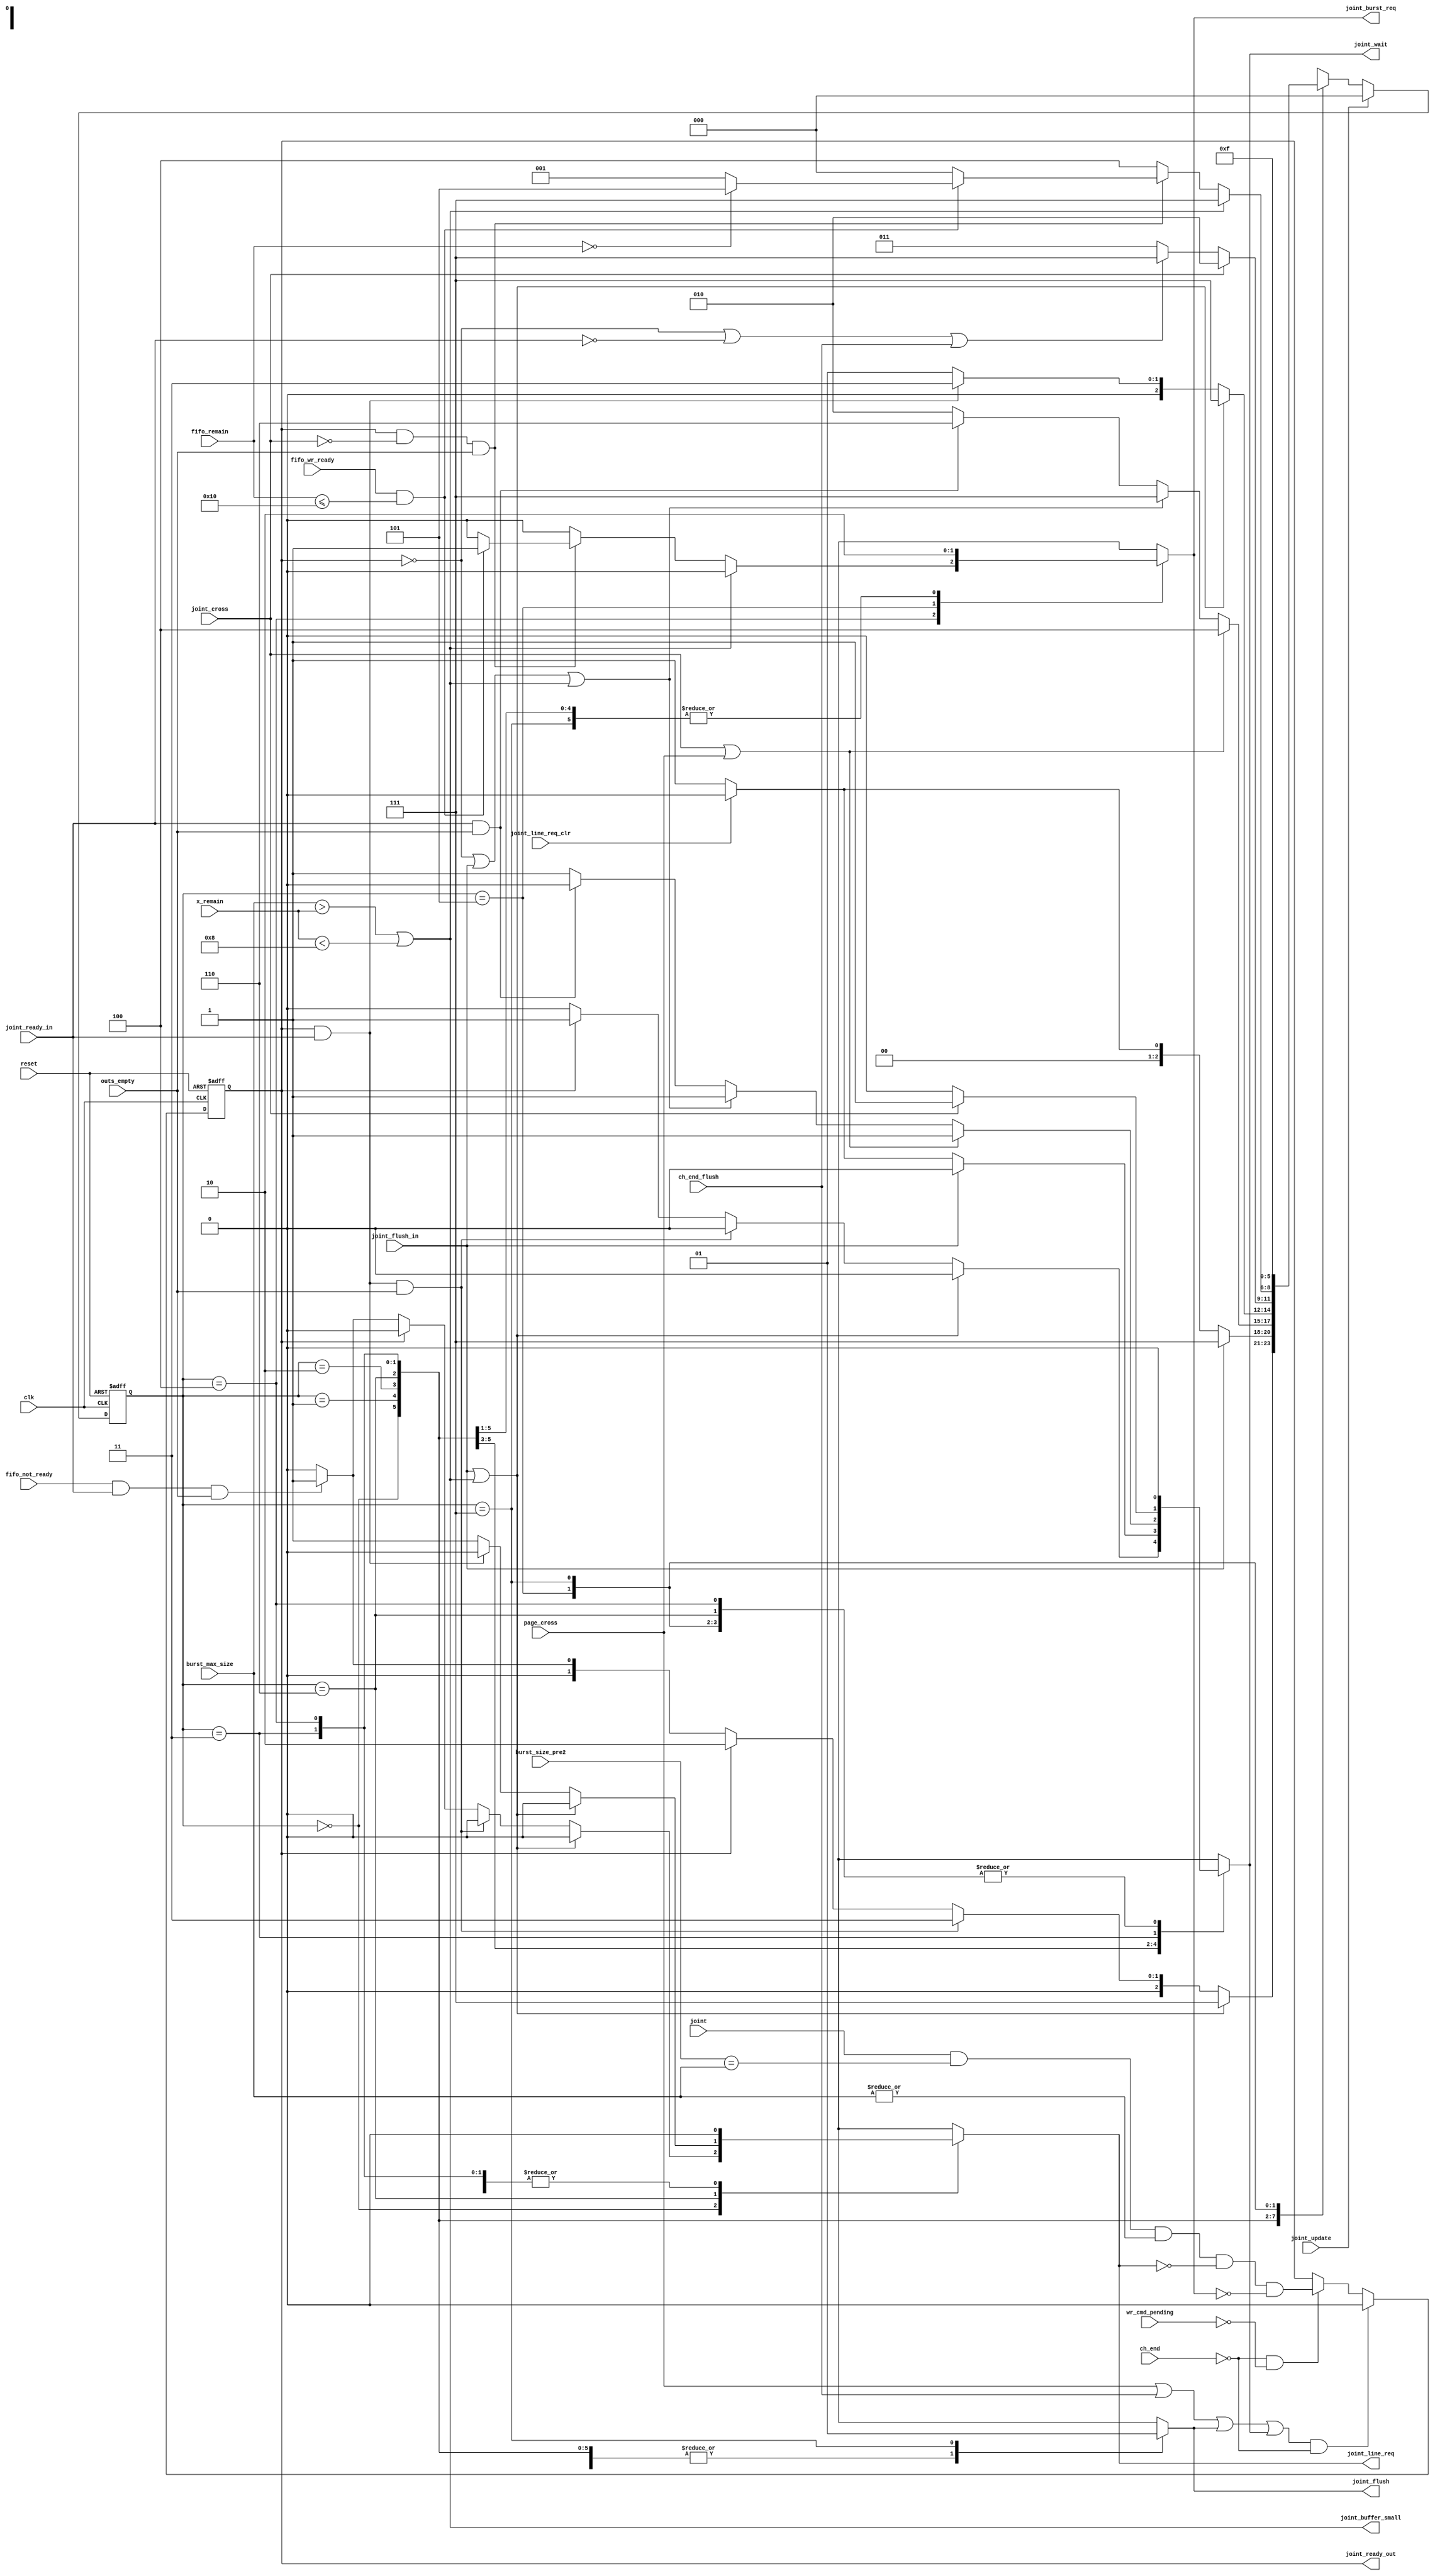
/////////////////////////////////////////////////////////////////////
////                                                             ////
////          eyal@provartec.com                                 ////
////                                                             ////
////  Downloaded from: http://www.opencores.org                  ////
/////////////////////////////////////////////////////////////////////
////                                                             ////
//// Copyright (C) 2010 Provartec LTD                            ////
//// www.provartec.com                                           ////
//// info@provartec.com                                          ////
////                                                             ////
//// This source file may be used and distributed without        ////
//// restriction provided that this copyright statement is not   ////
//// removed from the file and that any derivative work contains ////
//// the original copyright notice and the associated disclaimer.////
////                                                             ////
//// This source file is free software; you can redistribute it  ////
//// and/or modify it under the terms of the GNU Lesser General  ////
//// Public License as published by the Free Software Foundation.////
////                                                             ////
//// This source is distributed in the hope that it will be      ////
//// useful, but WITHOUT ANY WARRANTY; without even the implied  ////
//// warranty of MERCHANTABILITY or FITNESS FOR A PARTICULAR     ////
//// PURPOSE.  See the GNU Lesser General Public License for more////
//// details. http://www.gnu.org/licenses/lgpl.html              ////
////                                                             ////
/////////////////////////////////////////////////////////////////////
//---------------------------------------------------------
//-- File generated by RobustVerilog parser
//-- Version: 1.0
//-- Invoked Fri Mar 25 23:36:57 2011
//--
//-- Source file: dma_ch_calc_joint.v
//---------------------------------------------------------



module dma_axi64_core0_ch_calc_joint(clk,reset,joint_update,ch_end,ch_end_flush,joint_line_req_clr,wr_cmd_pending,burst_size_pre2,burst_max_size,fifo_not_ready,outs_empty,x_remain,fifo_wr_ready,fifo_remain,joint,page_cross,joint_cross,joint_ready_in,joint_ready_out,joint_line_req,joint_burst_req,joint_wait,joint_flush,joint_flush_in,joint_buffer_small);


   parameter               READ          = 0;
   parameter            WRITE         = !READ;
   
   input                   clk;
   input            reset;

   input            joint_update;
   input            ch_end;
   input            ch_end_flush;

   input            joint_line_req_clr;
   input            wr_cmd_pending;
   input [8-1:0]  burst_size_pre2;
   input [8-1:0]  burst_max_size;
   input            fifo_not_ready;
   input            outs_empty;
   input [10-1:0]   x_remain;
   input            fifo_wr_ready;
   input [5:0]        fifo_remain;
   
   input            joint;
   input            page_cross;
   input            joint_cross;
   input            joint_ready_in;
   output            joint_ready_out;
   output            joint_line_req;
   output            joint_burst_req;
   output            joint_wait;
   output            joint_flush;
   input            joint_flush_in;
   output            joint_buffer_small;
   
   
   

   parameter            IDLE        = 3'd0;
   parameter            REQ_LINE    = 3'd1;
   parameter            READY_OUT   = 3'd2;
   parameter            READY       = 3'd3;
   parameter            CROSS       = 3'd4;
   parameter            BURST_REQ   = 3'd5;
   parameter            RECHK       = 3'd6;
   parameter            FLUSH       = 3'd7;


   
   reg [2:0]            ps;
   reg [2:0]            ns;

   wire            joint_ready_out_pre;
   reg                joint_ready_out;
   reg                joint_line_req;
   reg                joint_burst_req;
   reg                joint_flush;
   reg                joint_wait;
   wire            joint_buffer_small;
   
   
   
   
   assign            joint_ready_out_pre = joint & (burst_size_pre2 == burst_max_size) & (|burst_max_size) & 
                                                 (~joint_line_req) & (~joint_burst_req);

   assign            joint_buffer_small = (burst_max_size > x_remain) | (x_remain < 'd8);
   
   
   always @(posedge clk or posedge reset)
     if (reset)
       joint_ready_out <= #1 1'b0;
     else if ((page_cross | ch_end_flush | joint_flush | joint_wait) & (~ch_end))
       joint_ready_out <= #1 1'b0;
     else if ((~ch_end) & (~wr_cmd_pending))
       joint_ready_out <= #1 joint_ready_out_pre;
   
   
   always @(/*AUTOSENSE*/ch_end_flush or fifo_not_ready or fifo_remain
        or fifo_wr_ready or joint_buffer_small or joint_cross
        or joint_flush_in or joint_line_req_clr or joint_ready_in
        or joint_ready_out or outs_empty or page_cross or ps)
     begin
    ns              = IDLE;
    joint_line_req  = 1'b0;
    joint_burst_req = 1'b0;
    joint_flush     = 1'b0;
    joint_wait      = 1'b0;
    
    case (ps)
      
      IDLE :
        begin
           if (joint_flush_in | joint_buffer_small)
         ns = FLUSH;
           else if (joint_ready_out & joint_ready_in & outs_empty)
         ns = READY;
           else if (joint_ready_out)
         begin
            joint_wait = 1'b1;
            ns = READY_OUT;
         end
           else if (fifo_not_ready & joint_ready_in & outs_empty)
         if (WRITE)
           begin
              joint_line_req = 1'b1; //from write to read - fill fifo at begining
              ns = REQ_LINE;
           end
         else
           begin
              joint_burst_req = 1'b1; //from read to write - empty fifo after cross
              ns = REQ_LINE; //1 cycle pulse
           end
           else
         ns = IDLE;
        end
      
      REQ_LINE :
        begin
           if (joint_flush_in)
         ns = FLUSH;
           else if (joint_line_req_clr)
         begin
            ns = IDLE;
            joint_wait = 1'b0;
         end
           else
         begin
            ns = REQ_LINE;
            joint_wait = 1'b1;
         end
        end

      READY_OUT :
        begin
           joint_wait = 1'b1;

           if (joint_cross | page_cross)
         ns = CROSS;
           else if ((~joint_ready_out) | joint_flush_in | joint_buffer_small)
         ns = FLUSH;
           else if (joint_ready_in & outs_empty)
         begin
            joint_wait = 1'b0;
            ns = RECHK;
         end
           else
         ns = READY_OUT;
        end

      RECHK :
        begin
           if (joint_flush_in | joint_buffer_small)
         ns = FLUSH;
           else if (joint_ready_in & joint_ready_out)
         ns = READY;
           else if (WRITE)
         begin
            joint_line_req = 1'b1; //from write to read - read more data when AHB gets out of align address
            ns = REQ_LINE;
         end
           else if (READ)
         ns = RECHK;
        end
      
      READY :
        begin
           if (joint_cross)
         begin
            joint_wait = 1'b1;
            ns = READY_OUT;
         end
           else if ((~joint_ready_out) | (~joint_ready_in) | ch_end_flush)
           ns = FLUSH;
           else
         ns = READY;
        end

      CROSS :
        begin
           if (joint_buffer_small)
         ns = FLUSH;
           else if (joint_ready_out & (~joint_cross) & outs_empty)
         begin
            if (fifo_wr_ready & (fifo_remain <= 'd16)) //rd_gap
              begin
             joint_burst_req = 1'b1; //from read to write - empty fifo after cross
             
             if (fifo_remain == 'd0)
               ns = BURST_REQ; //2 cycles pulse
             else
               ns = REQ_LINE; //1 cycle pulse
              end
            else
              ns = IDLE;
         end
           else
         ns = CROSS;
        end

      BURST_REQ :
        begin
           joint_burst_req = 1'b1; //from read to write - empty fifo after cross
           ns = REQ_LINE;
        end
      
      FLUSH :
        begin
           joint_flush = 1'b1;
           ns = FLUSH;
        end

      default :
        ns = IDLE;
      
    endcase
     end
   
        
   
   always @(posedge clk or posedge reset)
     if (reset)
       ps <= #1 IDLE;
     else if (joint_update)
       ps <= #1 IDLE;
     else
       ps <= #1 ns;

   
endmodule